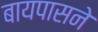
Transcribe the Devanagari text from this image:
बायपासने